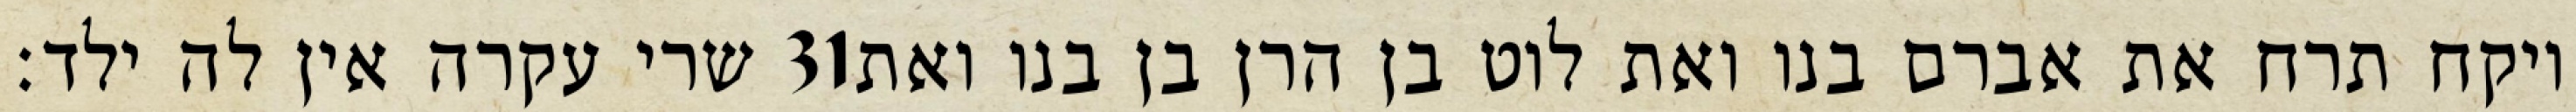
שרי עקרה אין לה ילד׃ ‎31‏ ויקח תרח את אברם בנו ואת לוט בן הרן בן בנו ואת